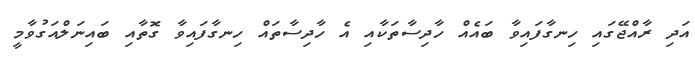
އަދި ރާއްޖޭގައި ހިނގާފައިވާ ބައެއް ހާދިސާތަކާއި އެ ހާދިސާތައް ހިނގާފައިވާ ގޮތާއި ބައިނަލްއަގުވާމީ